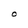
Character: O